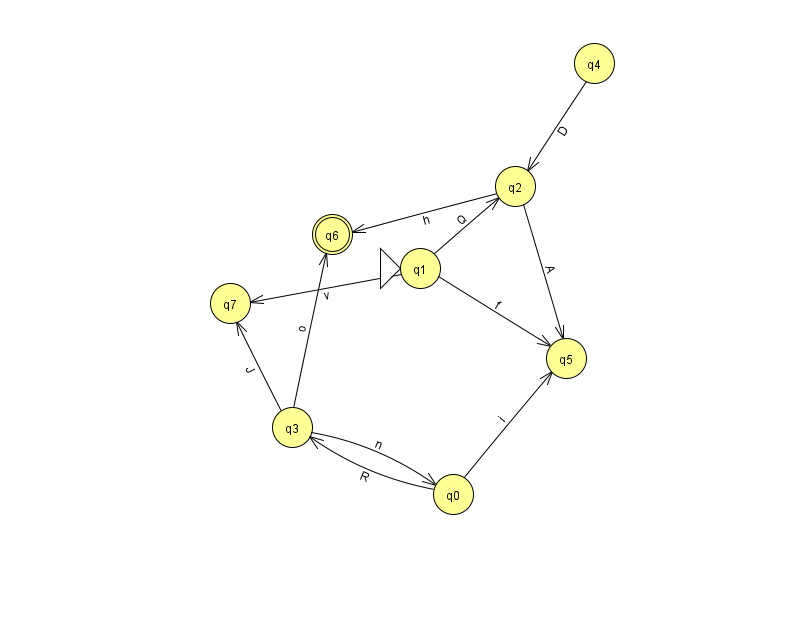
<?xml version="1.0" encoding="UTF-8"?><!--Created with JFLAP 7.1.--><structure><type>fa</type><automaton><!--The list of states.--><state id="0" name="q0"><x>453.0</x><y>481.0</y></state><state id="1" name="q1"><x>420.0</x><y>255.0</y><initial/></state><state id="2" name="q2"><x>515.0</x><y>173.0</y></state><state id="3" name="q3"><x>292.0</x><y>414.0</y></state><state id="4" name="q4"><x>594.0</x><y>50.0</y></state><state id="5" name="q5"><x>566.0</x><y>345.0</y></state><state id="6" name="q6"><x>332.0</x><y>221.0</y><final/></state><state id="7" name="q7"><x>230.0</x><y>290.0</y></state><!--The list of transitions.--><transition><from>3</from><to>7</to><read>J</read></transition><transition><from>1</from><to>5</to><read>f</read></transition><transition><from>3</from><to>6</to><read>o</read></transition><transition><from>0</from><to>5</to><read>i</read></transition><transition><from>3</from><to>0</to><read>n</read></transition><transition><from>4</from><to>2</to><read>D</read></transition><transition><from>0</from><to>3</to><read>R</read></transition><transition><from>1</from><to>2</to><read>Q</read></transition><transition><from>2</from><to>6</to><read>h</read></transition><transition><from>2</from><to>5</to><read>A</read></transition><transition><from>1</from><to>7</to><read>v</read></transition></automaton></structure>